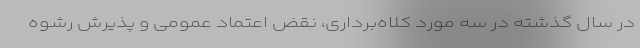
در سال گذشته در سه مورد کلاه‌برداری، نقض اعتماد عمومی و پذیرش رشوه